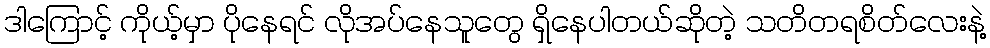
ဒါကြောင့် ကိုယ့်မှာ ပိုနေရင် လိုအပ်နေသူတွေ ရှိနေပါတယ်ဆိုတဲ့ သတိတရစိတ်လေးနဲ့